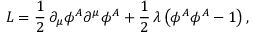
{ \cal L } = \frac { 1 } { 2 } \, \partial _ { \mu } \phi ^ { A } \partial ^ { \mu } \phi ^ { A } + \frac { 1 } { 2 } \, \lambda \, \bigl ( \phi ^ { A } \phi ^ { A } - 1 \bigr ) \, ,